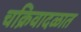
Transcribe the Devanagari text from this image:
चक्रिवादळात